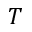
T